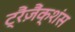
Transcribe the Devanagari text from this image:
ट्रैंज़ैंक्शंस